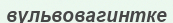
вульвовагинтке